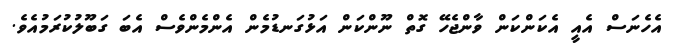
އެހެނަސް އެއީ އެކަންކަން ވާންޖެހޭ ގޮތް ނޫންކަން އަޅުގަނޑުމެން އެންމެންވެސް އެބަ ގަބޫލުކުރަމުއެވެ.